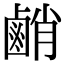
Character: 䴛